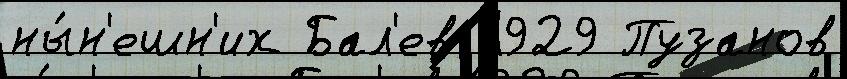
ны́н'ешн'их Бал'ев 1929 Пузанов